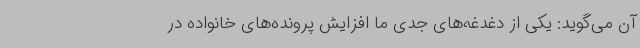
آن می‌گوید: یکی از دغدغه‌های جدی ما افزایش پرونده‌های خانواده در